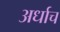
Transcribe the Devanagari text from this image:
अर्धाच